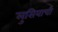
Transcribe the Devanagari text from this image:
लुसियाची